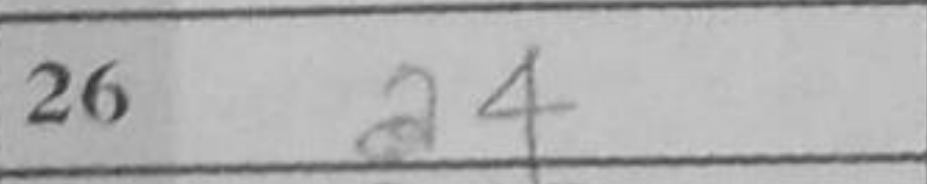
Transcription: a4